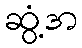
ဆွံ့အ